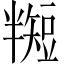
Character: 𬑵